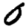
Digit: 0